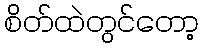
စိတ်ထဲတွင်တော့